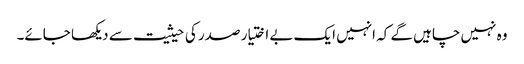
وہ نہیں چاہیں گے کہ انہیں ایک بے اختیار صدر کی حیثیت سے دیکھا جائے۔